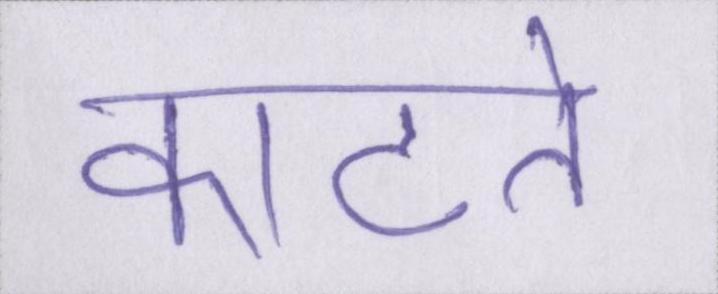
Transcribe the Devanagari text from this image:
काटते